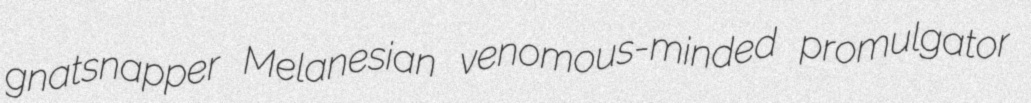
gnatsnapper Melanesian venomous-minded promulgator